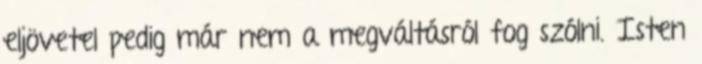
eljövetel pedig már nem a megváltásról fog szólni. Isten